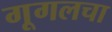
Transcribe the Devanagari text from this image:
गूगलचा